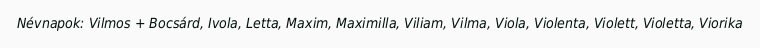
Névnapok: Vilmos + Bocsárd, Ivola, Letta, Maxim, Maximilla, Viliam, Vilma, Viola, Violenta, Violett, Violetta, Viorika